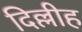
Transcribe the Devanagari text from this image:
दिल्लीह